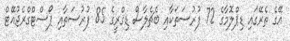
އޭގެ ތެރޭގައި ޑިޕްލޮމާގެ 72 ފުރުސަތަކާއި ބެޗެލާސް ޑިގްރީގެ 85 ފުރުސަތާއި ޕޯސްޓްގްރެޖުއޭޓް